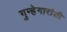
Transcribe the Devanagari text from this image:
गुन्हेगारांशी